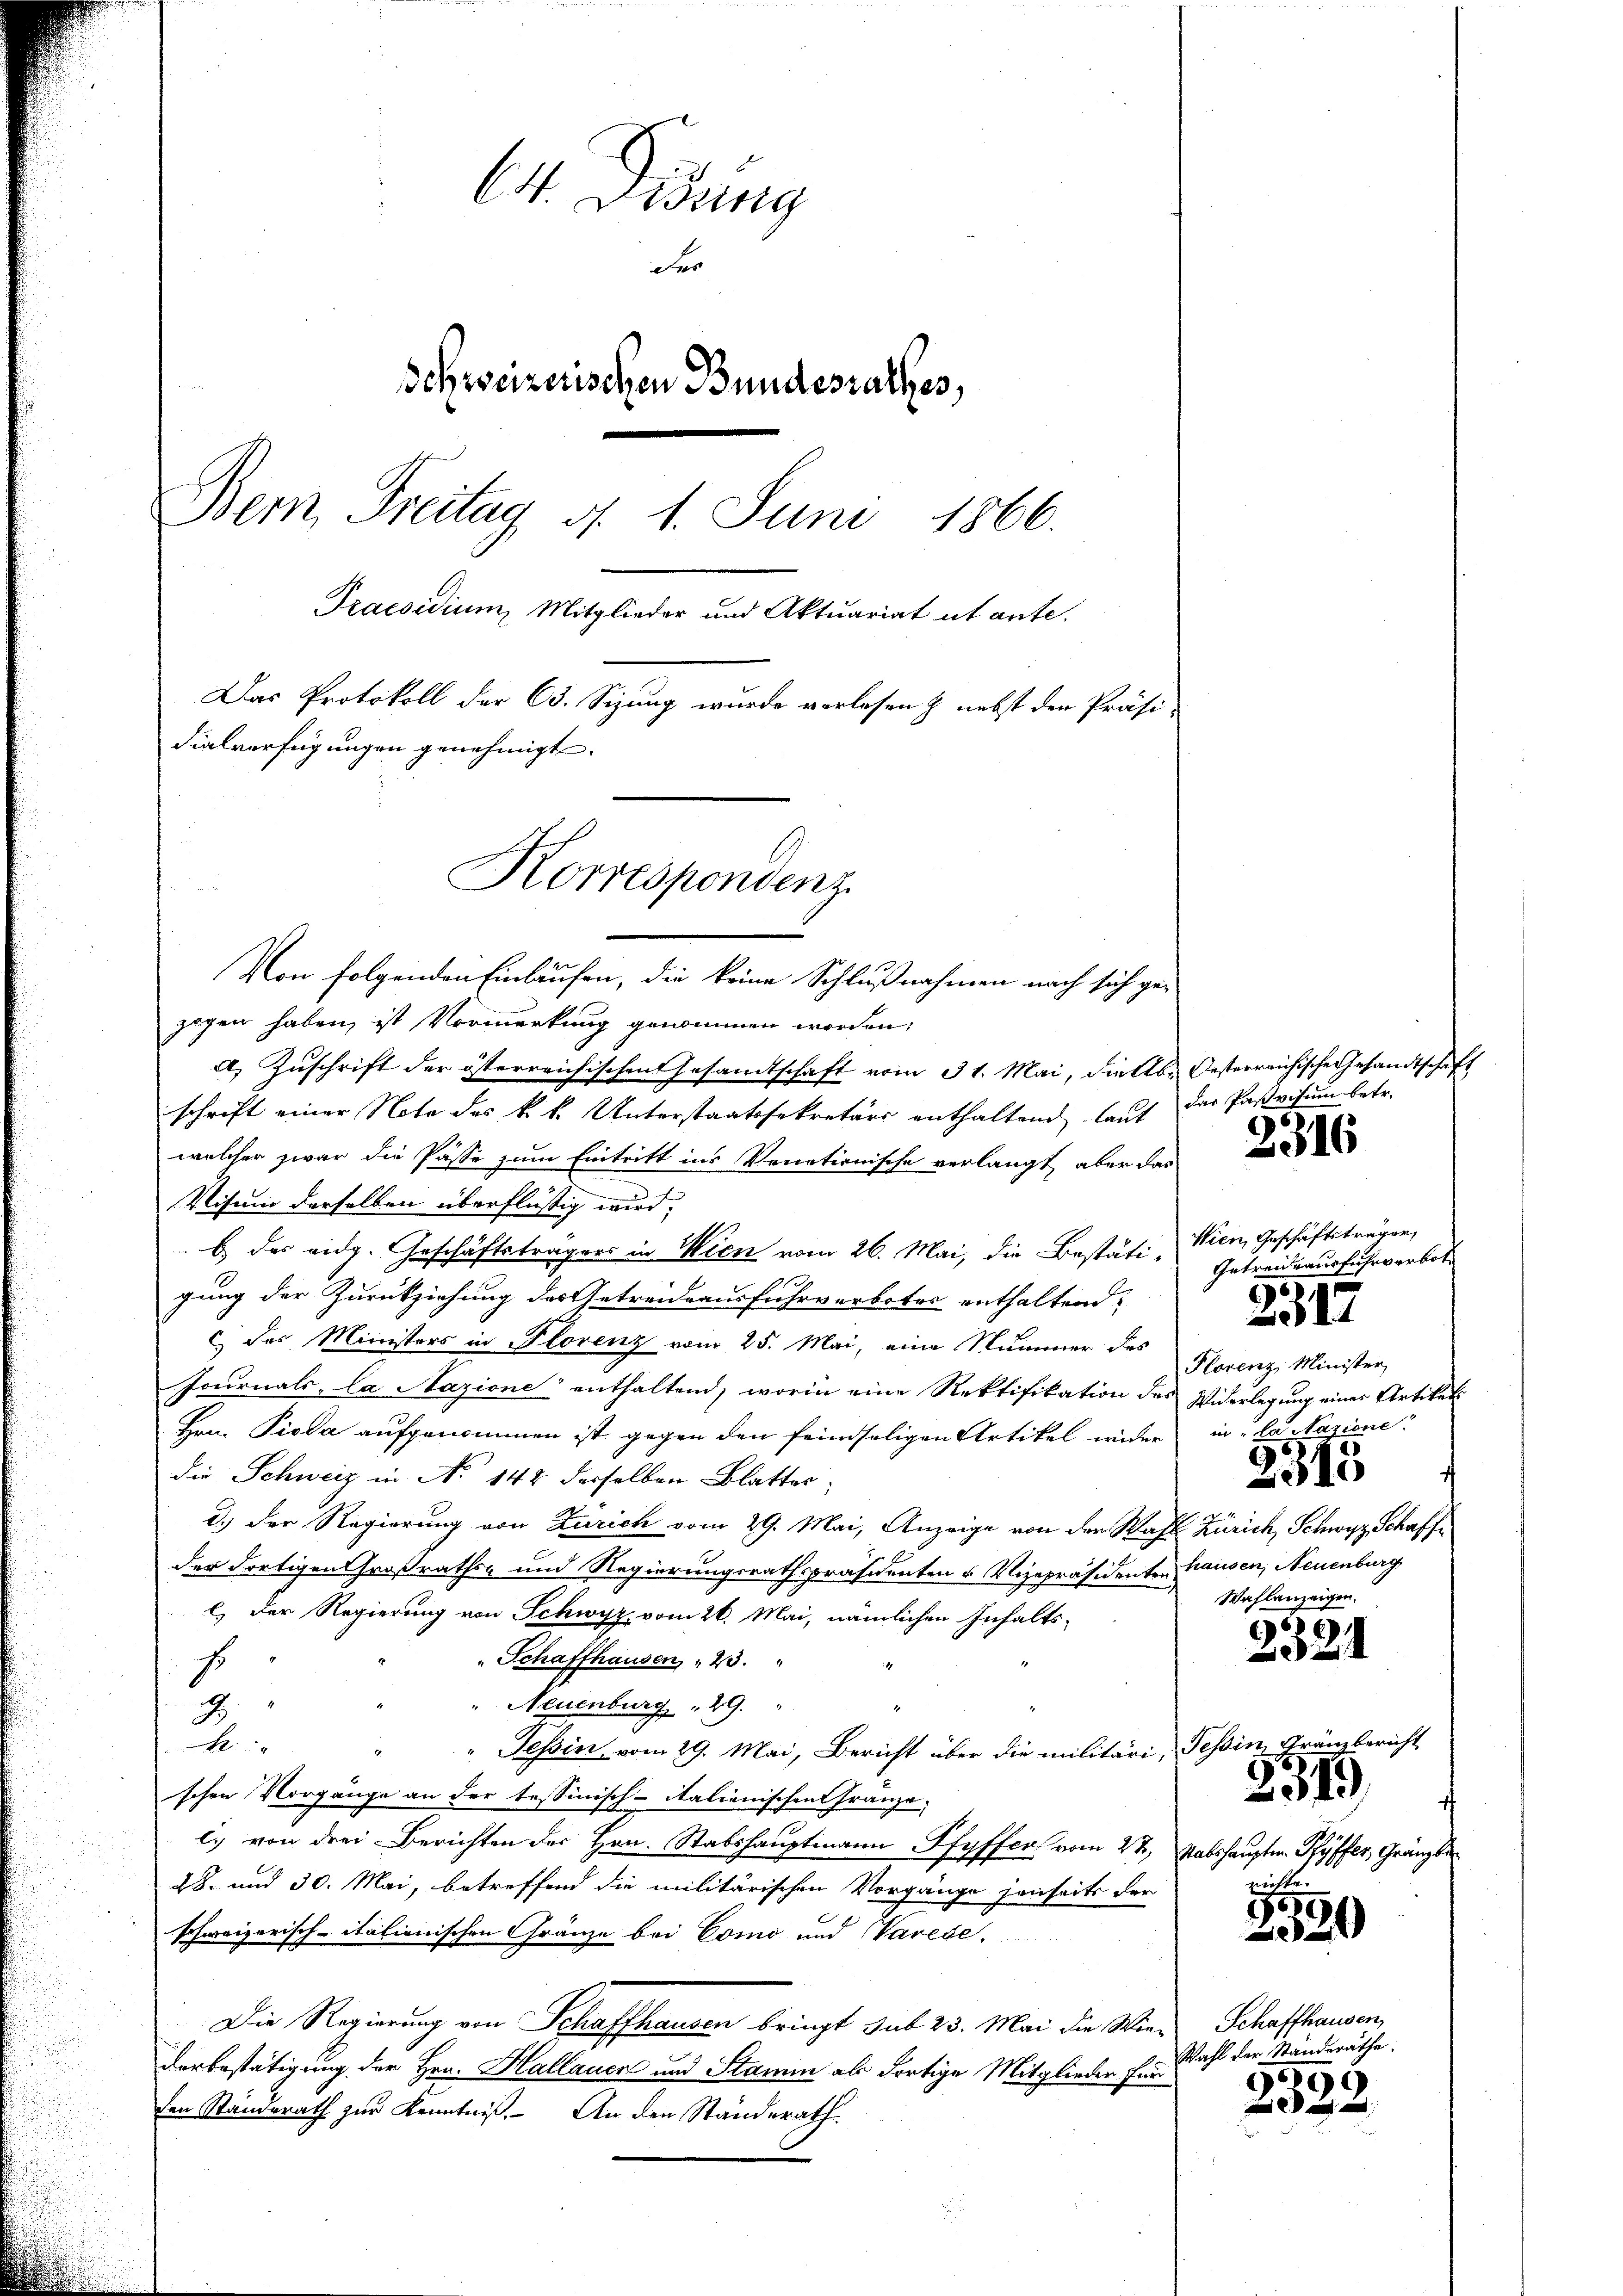
64. Didung
Fer
Schweizerischen Bundesrathes,
Bern, Freitag d. 1. Juni 1866.
Praesidium, Mitglieder und Aktuariat et ante.
Das Protokoll der C. Sizung wurde vorlesen & nebst den Präsi-
dialverfügungen genehmigt.
Korrespondenz.

Von folgenden Einlaufen, die keine Schlußnahmen nach sich gezogen haben, ist Vormerkung genommen worden,
A. Zuschrift der österreichischen Gesamtschaft vom 31. Mai, Viellb. Oesterreichische Gesandtschaft
schrift einer Note des k. k. Unterstaatssekretärs enthaltend lauf das Pastvisum betr.
welcher zwar die Pässe zum Eintritt ins Venetionische verlangt, aber das
Visum derselben überflüssig wird;
b des eidg. Geschäftsträgers in Wien vom 26. Mai, die Bestäti-Wien, Geschäftsträger,
gung der Zurückziehung des Getreidsausfuhrverbotes enthaltend
c) das Ministers in Florenz vom 25. Mai, eine Nummer des
Journals-La Nazione enthaltend, worin eine Rektifikation des Widerlegung eines Artikel
Hrn. Pioda aufgenommen ist, gegen den feindseligen Artikel wider
die Schweiz in No 142 desselben Blatter
d.) Der Regierung von Zürich vom 29. Mai, Anzeige von den Wahl Zürich, Schwyz Schaffder dortigen Großrathen und Regierungsrathspräsidenten u Vizepräsidenten hausen, Neuenburg
l. Der Regierung von Schwyz vom 26. Mai, nämlichen Inhalts-
Schaffhausen, 23. "
s
Neuenburg 29.
2
A
“ Tessin vom 29. Mai, Bericht über die militäri, Tessin, Gränzbericht
schen Vorgänge an der tessinisch-Italienischen Franze
c.) von drei Berichten des Hrn. Stabshauptmann Pfyffer vom 2ten Ratshauptm. Ryffer, Gränzber
28. und 30. Mai, betreffend die militärischen Vorgänge jenseits der
schweizerisch-itationischen Gränze bei Como und Varese
Die Regierung von Schaffhausen bringt sub 23. Mai die Wiedorbestätigung der Hrn. Hallauen und Stamm als dortige Mitglieder für
den Standerath zur Kenntniß. An den Standerath

2316

Getreide ausfuhrverbot
Florenz Minister
in „la Nazione
2315
f
Wahlanzeigen.

2317

2321

2319

520

Schaffhausen,
Wahl der Standeräthe:
96